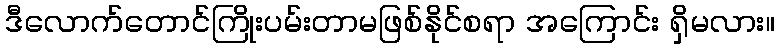
ဒီလောက်တောင်ကြိုးပမ်းတာမဖြစ်နိုင်စရာ အကြောင်း ရှိမလား။